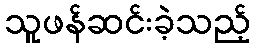
သူဖန်ဆင်းခဲ့သည့်